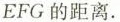
EFG的距离.